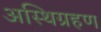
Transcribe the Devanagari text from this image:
अस्थिग्रहण